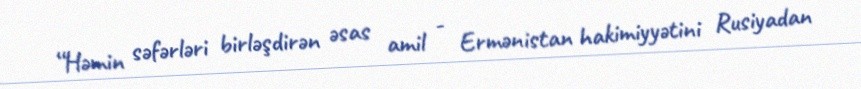
“Həmin səfərləri birləşdirən əsas amil - Ermənistan hakimiyyətini Rusiyadan